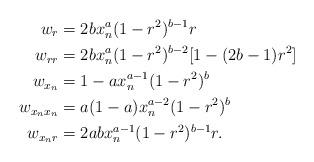
LaTeX: \begin{align*}w_{r}&= 2b x_n^a (1-r^2)^{b-1} r\\w_{rr}&= 2b x_n^a (1-r^2)^{b-2}[1-(2b-1) r^2]\\w_{x_n}&=1 -a x_n^{a-1}(1-r^2)^b\\w_{x_n x_n}&= a(1-a) x_n^{a-2}(1-r^2)^b\\w_{x_n r} &=2ab x_n^{a-1} (1-r^2)^{b-1} r.\end{align*}